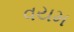
વયમ